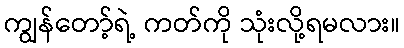
ကျွန်တော့်ရဲ့ ကတ်ကို သုံးလို့ရမလား။